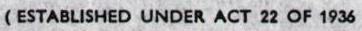
( ESTABLISHED UNDER ACT 22 OF 1936